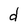
Character: d